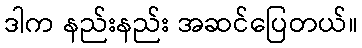
ဒါက နည်းနည်း အဆင်ပြေတယ်။